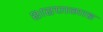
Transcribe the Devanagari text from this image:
शरणगाह